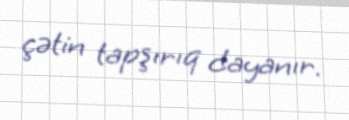
çətin tapşırıq dayanır.